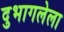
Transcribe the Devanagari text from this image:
दुभागलेला